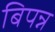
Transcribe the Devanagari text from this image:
बिपन्न